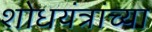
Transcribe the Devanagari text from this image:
शोधयंत्रांच्या